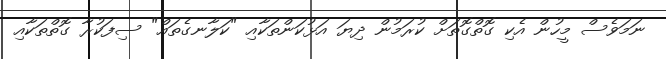
ނަމަވެސް މީހުން އެކި ގޮތްގޮތަށް ކުރަމުން ދިޔަ އަޅުކަންތަކާއި "ކަލާނގެތައް" ސިފަކުރާ ގޮތްތަކާއި